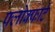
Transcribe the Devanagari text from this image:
फ्लोक्फार्ट